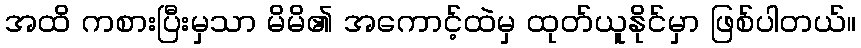
အထိ ကစားပြီးမှသာ မိမိ၏ အကောင့်ထဲမှ ထုတ်ယူနိုင်မှာ ဖြစ်ပါတယ်။